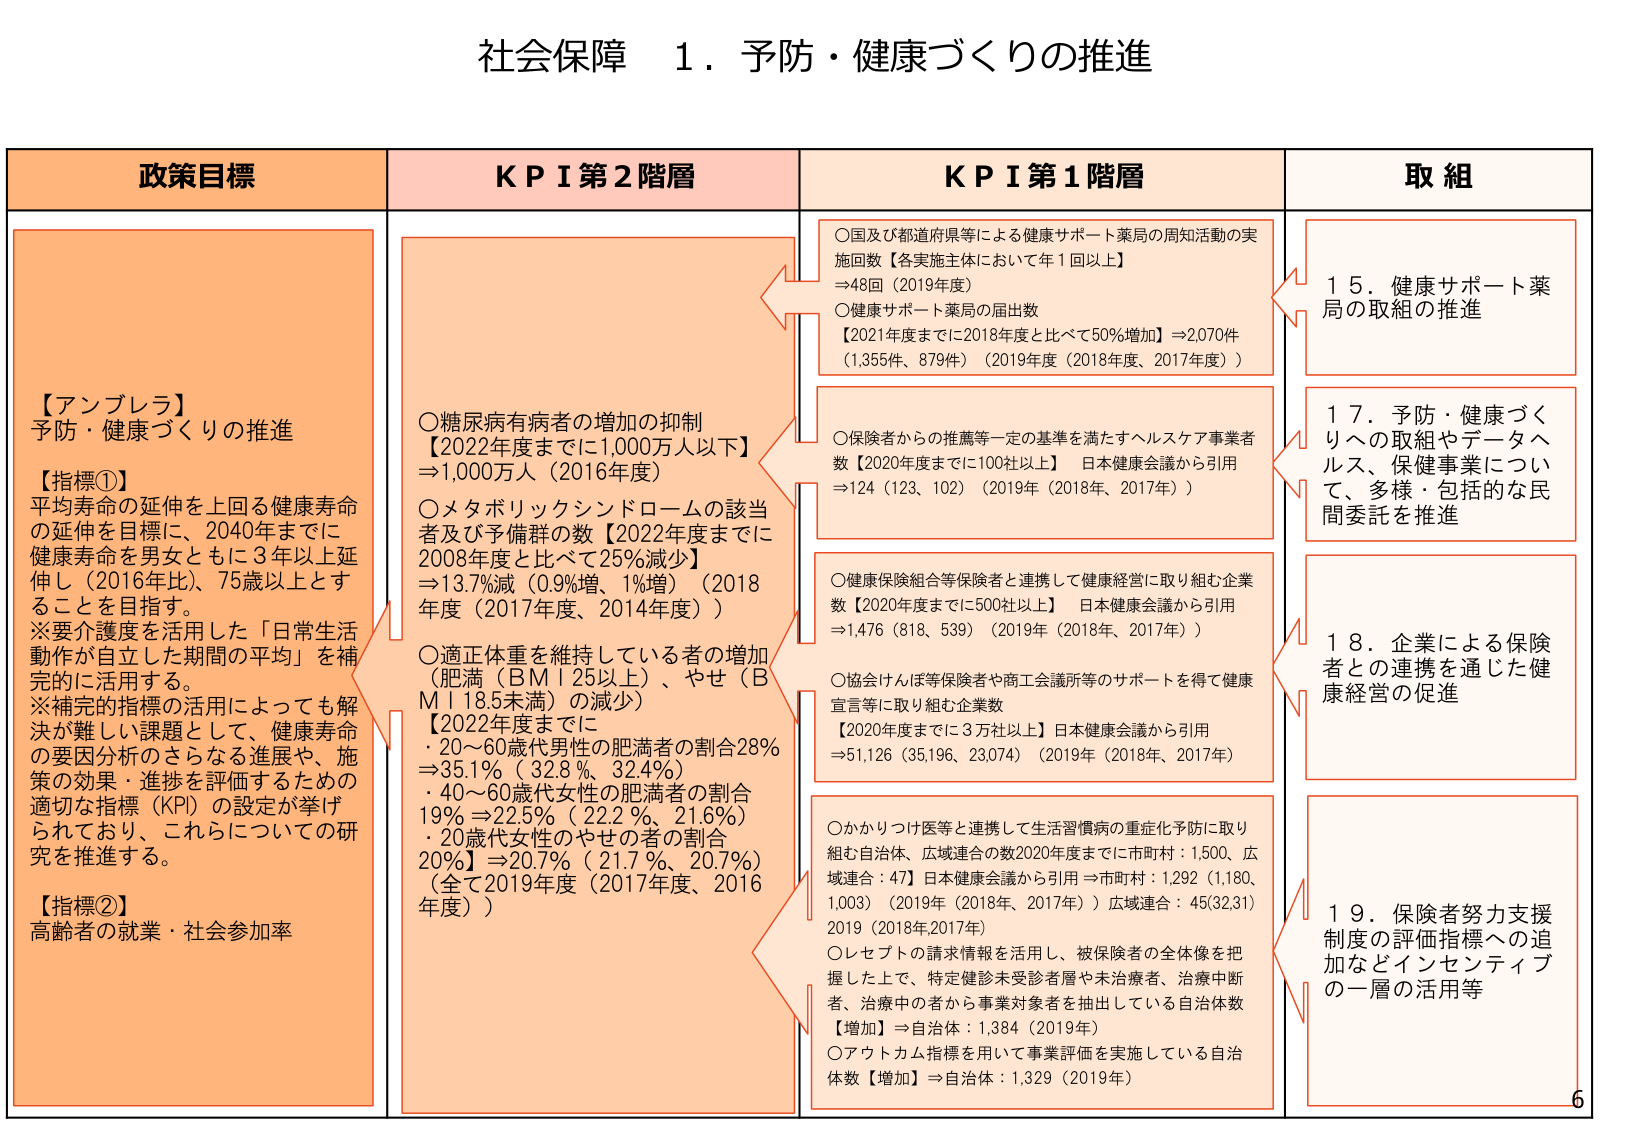
社会保障 1．予防・健康づくりの推進

政策目標

【アンブレラ】
予防・健康づくりの推進

【指標①】
平均寿命の延伸を上回る健康寿命
の延伸を目標に、2040年までに
健康寿命を男女ともに3年以上延
伸し（2016年比）、75歳以上とす
ることを目指す。
※要介護度を活用した「日常生活
動作が自立した期間の平均」を補
完的に活用する。
※補完的指標の活用によっても解
決が難しい課題として、健康寿命
の要因分析のさらなる進展や、施
策の効果・進捗を評価するための
適切な指標（KPI）の設定が挙げ
られており、これらについての研
究を推進する。

【指標②】
高齢者の就業・社会参加率

KPI 第2階層

〇糖尿病有病者の増加の抑制
【2022年度までに1,000万人以下】
⇒1,000万人（2016年度）

〇メタボリックシンドロームの該当
者及び予備群の数【2022年度までに
2008年度と比べて25％減少】
⇒13.7％減（0.9％増、1％増）（2018
年度（2017年度、2014年度））

〇適正体重を維持している者の増加
（肥満（BMI 25以上）、やせ（B
MI 18.5未満）の減少）
【2022年度までに
・20～60歳代男性の肥満者の割合28％
⇒35.1％（32.8％、32.4％）
・40～60歳代女性の肥満者の割合
19％⇒22.5％（22.2％、21.6％）
・20歳代女性のやせの者の割合
20％】⇒20.7％（21.7％、20.7％）
（全て2019年度（2017年度、2016
年度））

KPI 第1階層

〇国及び都道府県等による健康サポート薬局の周知活動の実
施回数【各実施主体において年1回以上】
⇒48回（2019年度）

〇健康サポート薬局の届出数
【2021年度までに2018年度と比べて50％増加】⇒2,070件
（1,355件、879件）（2019年度（2018年度、2017年度））

〇保険者からの推薦等一定の基準を満たすヘルスケア事業者
数【2020年度までに100社以上】 日本健康会議から引用
⇒124（123、102）（2019年（2018年、2017年））

〇健康保険組合等保険者と連携して健康経営に取り組む企業
数【2020年度までに500社以上】 日本健康会議から引用
⇒1,476（818、539）（2019年（2018年、2017年））

〇協会けんぽ等保険者や商工会議所等のサポートを得て健康
宣言等に取り組む企業数
【2020年度までに3万社以上】日本健康会議から引用
⇒51,126（35,196、23,074）（2019年（2018年、2017年））

〇かかりつけ医等と連携して生活習慣病の重症化予防に取り
組む自治体、広域連合の数2020年度までに市町村：1,500、広
域連合：47】日本健康会議から引用⇒市町村：1,292（1,180、
1,003）（2019年（2018年、2017年））広域連合：45(32,31)
2019（2018年2017年）

〇レセプトの請求情報を活用し、被保険者の全体像を把
握した上で、特定健診未受診者層や未治療者、治療中断
者、治療中の者から事業対象者を抽出している自治体数
【増加】⇒自治体：1,384（2019年）

〇アウトカム指標を用いて事業評価を実施している自治
体数【増加】⇒自治体：1,329（2019年）

取組

15．健康サポート薬
局の取組の推進

17．予防・健康づく
りへの取組やデータヘ
ルス、保健事業につい
て、多様・包括的な民
間委託を推進

18．企業による保険
者との連携を通じた健
康経営の促進

19．保険者努力支援
制度の評価指標への追
加などインセンティブ
の一層の活用等

6